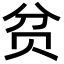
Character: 贫